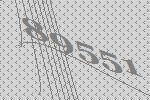
89551